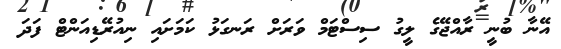
އޭނާ ބުނީ ރާއްޖޭގެ ލީގު ސިސްޓަމް ވަރަށް ރަނގަޅު ކަމަށައި ނިއުރޭޑިއަންޓް ފަދަ